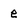
Character: e